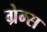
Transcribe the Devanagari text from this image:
ग्रेम्स